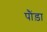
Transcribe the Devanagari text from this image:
पौंड़ा